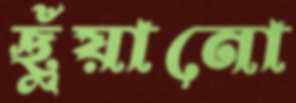
ছুঁয়ানো